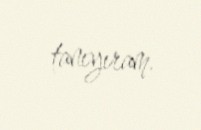
tanıyıram.